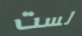
لست